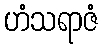
ဟံသရာဇံ